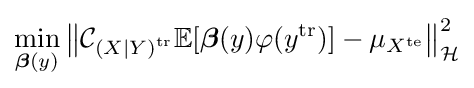
\min _{{\boldsymbol {\beta }}(y)}\left\|{\mathcal {C}}_{{(X\mid Y)}^{\text{tr}}}\mathbb {E} [{\boldsymbol {\beta }}(y)\varphi (y^{\text{tr}})]-\mu _{X^{\text{te}}}\right\|_{\mathcal {H}}^{2}